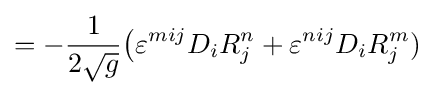
=-{\frac {1}{2{\sqrt {g}}}}{\bigl (}\varepsilon ^{mij}D_{i}R_{j}^{n}+\varepsilon ^{nij}D_{i}R_{j}^{m})